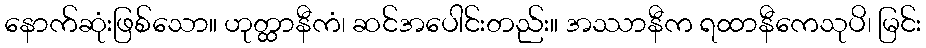
နောက်ဆုံးဖြစ်သော။ ဟုတ္ထာနီကံ၊ ဆင်အပေါင်းတည်း။ အဿာနီက ရထာနီကေသုပိ၊ မြင်း